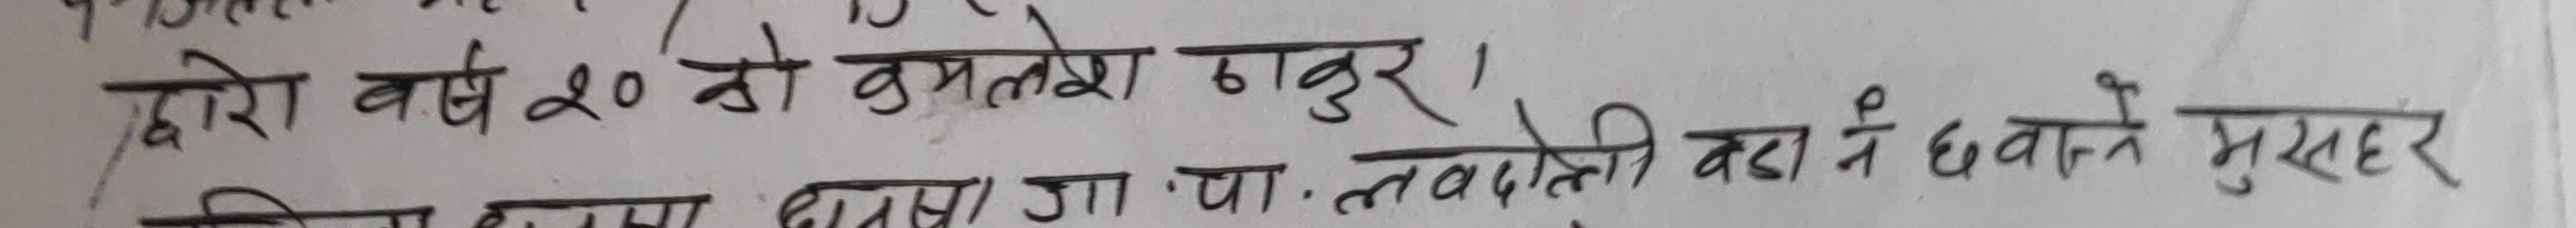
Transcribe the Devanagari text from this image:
द्वारा वर्ष २० को कमलेश ठाकुर ।
मा नषा
आ.पा. लवदोत्ती बढा ने धवाले मुसहर